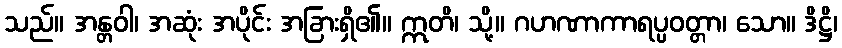
သည်။ အန္တဝါ၊ အဆုံး အပိုင်း အခြားရှိ၏။ ဣတိ၊ သို့။ ဂဟဏာကာရပ္ပဝတ္တာ၊ သော။ ဒိဋ္ဌိ၊